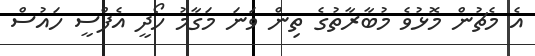
އެ މެޗުން މޮޅުވެ މުބާރާތުގެ ތިން ވަނަ މަގާމު ހޯދީ އެފްސީ ހައުސް